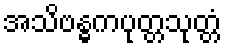
အသိဗန္ဓကပုတ္တသုတ္တံ